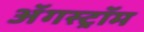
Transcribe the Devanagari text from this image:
ॲगस्ट्रॉम